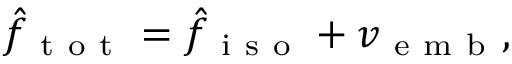
\begin{array} { r } { \hat { f } _ { \mathrm { ~ t ~ o ~ t ~ } } = \hat { f } _ { \mathrm { ~ i ~ s ~ o ~ } } + v _ { \mathrm { ~ e ~ m ~ b ~ } } , } \end{array}